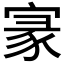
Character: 𡩚